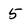
Character: 5